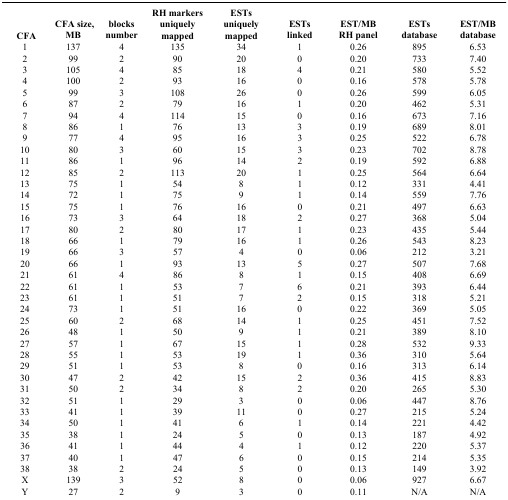
<table><thead><tr><td><b>CFA</b></td><td><b>CFA size, MB</b></td><td><b>blocks number</b></td><td><b>RH markers uniquely mapped</b></td><td><b>ESTs uniquely mapped</b></td><td><b>ESTs linked</b></td><td><b>EST/MB RH panel</b></td><td><b>ESTs database</b></td><td><b>EST/MB database</b></td></tr></thead><tbody><tr><td>1</td><td>137</td><td>4</td><td>135</td><td>34</td><td>1</td><td>0.26</td><td>895</td><td>6.53</td></tr><tr><td>2</td><td>99</td><td>2</td><td>90</td><td>20</td><td>0</td><td>0.20</td><td>733</td><td>7.40</td></tr><tr><td>3</td><td>105</td><td>4</td><td>85</td><td>18</td><td>4</td><td>0.21</td><td>580</td><td>5.52</td></tr><tr><td>4</td><td>100</td><td>2</td><td>93</td><td>16</td><td>0</td><td>0.16</td><td>578</td><td>5.78</td></tr><tr><td>5</td><td>99</td><td>3</td><td>108</td><td>26</td><td>0</td><td>0.26</td><td>599</td><td>6.05</td></tr><tr><td>6</td><td>87</td><td>2</td><td>79</td><td>16</td><td>1</td><td>0.20</td><td>462</td><td>5.31</td></tr><tr><td>7</td><td>94</td><td>4</td><td>114</td><td>15</td><td>0</td><td>0.16</td><td>673</td><td>7.16</td></tr><tr><td>8</td><td>86</td><td>1</td><td>76</td><td>13</td><td>3</td><td>0.19</td><td>689</td><td>8.01</td></tr><tr><td>9</td><td>77</td><td>4</td><td>95</td><td>16</td><td>3</td><td>0.25</td><td>522</td><td>6.78</td></tr><tr><td>10</td><td>80</td><td>3</td><td>60</td><td>15</td><td>3</td><td>0.23</td><td>702</td><td>8.78</td></tr><tr><td>11</td><td>86</td><td>1</td><td>96</td><td>14</td><td>2</td><td>0.19</td><td>592</td><td>6.88</td></tr><tr><td>12</td><td>85</td><td>2</td><td>113</td><td>20</td><td>1</td><td>0.25</td><td>564</td><td>6.64</td></tr><tr><td>13</td><td>75</td><td>1</td><td>54</td><td>8</td><td>1</td><td>0.12</td><td>331</td><td>4.41</td></tr><tr><td>14</td><td>72</td><td>1</td><td>75</td><td>9</td><td>1</td><td>0.14</td><td>559</td><td>7.76</td></tr><tr><td>15</td><td>75</td><td>1</td><td>76</td><td>16</td><td>0</td><td>0.21</td><td>497</td><td>6.63</td></tr><tr><td>16</td><td>73</td><td>3</td><td>64</td><td>18</td><td>2</td><td>0.27</td><td>368</td><td>5.04</td></tr><tr><td>17</td><td>80</td><td>2</td><td>80</td><td>17</td><td>1</td><td>0.23</td><td>435</td><td>5.44</td></tr><tr><td>18</td><td>66</td><td>1</td><td>79</td><td>16</td><td>1</td><td>0.26</td><td>543</td><td>8.23</td></tr><tr><td>19</td><td>66</td><td>3</td><td>57</td><td>4</td><td>0</td><td>0.06</td><td>212</td><td>3.21</td></tr><tr><td>20</td><td>66</td><td>1</td><td>93</td><td>13</td><td>5</td><td>0.27</td><td>507</td><td>7.68</td></tr><tr><td>21</td><td>61</td><td>4</td><td>86</td><td>8</td><td>1</td><td>0.15</td><td>408</td><td>6.69</td></tr><tr><td>22</td><td>61</td><td>1</td><td>53</td><td>7</td><td>6</td><td>0.21</td><td>393</td><td>6.44</td></tr><tr><td>23</td><td>61</td><td>1</td><td>51</td><td>7</td><td>2</td><td>0.15</td><td>318</td><td>5.21</td></tr><tr><td>24</td><td>73</td><td>1</td><td>51</td><td>16</td><td>0</td><td>0.22</td><td>369</td><td>5.05</td></tr><tr><td>25</td><td>60</td><td>2</td><td>68</td><td>14</td><td>1</td><td>0.25</td><td>451</td><td>7.52</td></tr><tr><td>26</td><td>48</td><td>1</td><td>50</td><td>9</td><td>1</td><td>0.21</td><td>389</td><td>8.10</td></tr><tr><td>27</td><td>57</td><td>1</td><td>67</td><td>15</td><td>1</td><td>0.28</td><td>532</td><td>9.33</td></tr><tr><td>28</td><td>55</td><td>1</td><td>53</td><td>19</td><td>1</td><td>0.36</td><td>310</td><td>5.64</td></tr><tr><td>29</td><td>51</td><td>1</td><td>53</td><td>8</td><td>0</td><td>0.16</td><td>313</td><td>6.14</td></tr><tr><td>30</td><td>47</td><td>2</td><td>42</td><td>15</td><td>2</td><td>0.36</td><td>415</td><td>8.83</td></tr><tr><td>31</td><td>50</td><td>2</td><td>34</td><td>8</td><td>2</td><td>0.20</td><td>265</td><td>5.30</td></tr><tr><td>32</td><td>51</td><td>1</td><td>29</td><td>3</td><td>0</td><td>0.06</td><td>447</td><td>8.76</td></tr><tr><td>33</td><td>41</td><td>1</td><td>39</td><td>11</td><td>0</td><td>0.27</td><td>215</td><td>5.24</td></tr><tr><td>34</td><td>50</td><td>1</td><td>41</td><td>6</td><td>1</td><td>0.14</td><td>221</td><td>4.42</td></tr><tr><td>35</td><td>38</td><td>1</td><td>24</td><td>5</td><td>0</td><td>0.13</td><td>187</td><td>4.92</td></tr><tr><td>36</td><td>41</td><td>1</td><td>44</td><td>4</td><td>1</td><td>0.12</td><td>220</td><td>5.37</td></tr><tr><td>37</td><td>40</td><td>1</td><td>47</td><td>6</td><td>0</td><td>0.15</td><td>214</td><td>5.35</td></tr><tr><td>38</td><td>38</td><td>2</td><td>24</td><td>5</td><td>0</td><td>0.13</td><td>149</td><td>3.92</td></tr><tr><td>X</td><td>139</td><td>3</td><td>52</td><td>8</td><td>0</td><td>0.06</td><td>927</td><td>6.67</td></tr><tr><td>Y</td><td>27</td><td>2</td><td>9</td><td>3</td><td>0</td><td>0.11</td><td>N/A</td><td>N/A</td></tr></tbody></table>